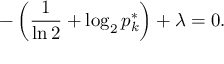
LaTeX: - \left( { \frac { 1 } { \ln 2 } } + \log _ { 2 } p _ { k } ^ { * } \right) + \lambda = 0 .